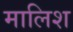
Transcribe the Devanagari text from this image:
मालिश्‍ा